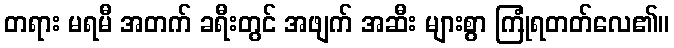
တရား မရမီ အတက် ခရီးတွင် အဖျက် အဆီး များစွာ ကြုံရတတ်လေ၏။